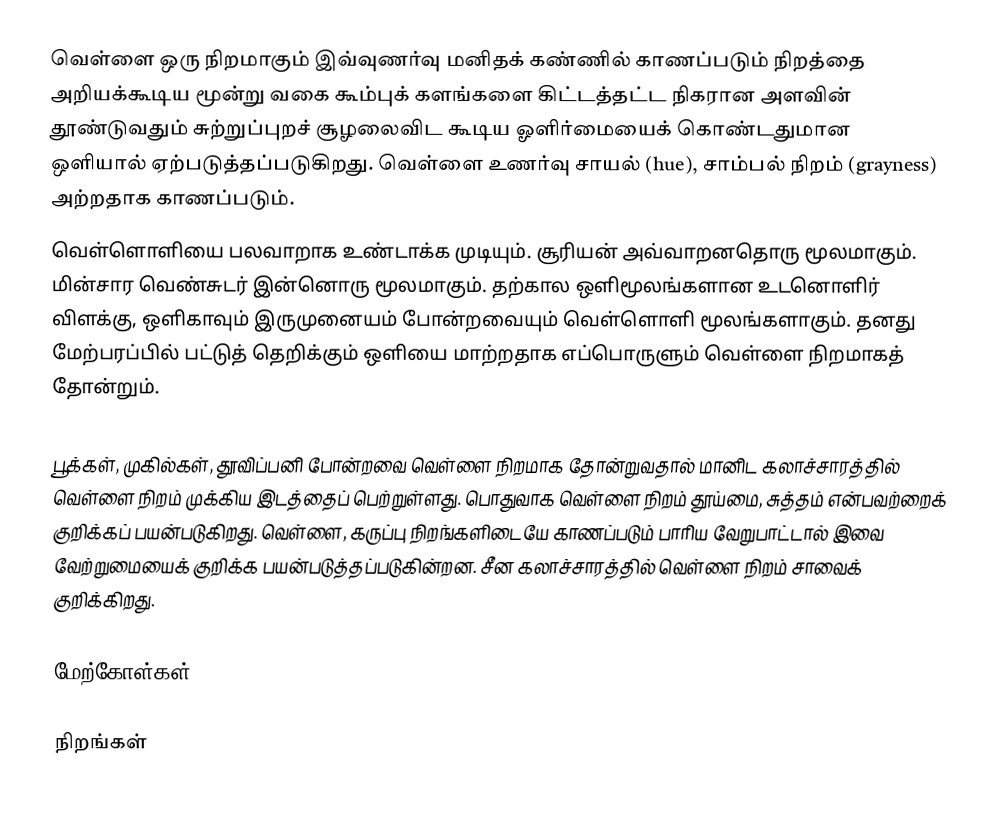
வெள்ளை ஒரு நிறமாகும் இவ்வுணர்வு மனிதக் கண்ணில் காணப்படும் நிறத்தை அறியக்கூடிய மூன்று வகை கூம்புக் களங்களை கிட்டத்தட்ட நிகரான அளவின் தூண்டுவதும் சுற்றுப்புறச் சூழலைவிட கூடிய ஓளிர்மையைக் கொண்டதுமான ஒளியால் ஏற்படுத்தப்படுகிறது. வெள்ளை உணர்வு சாயல் (hue), சாம்பல் நிறம் (grayness) அற்றதாக காணப்படும்.
வெள்ளொளியை பலவாறாக உண்டாக்க முடியும். சூரியன் அவ்வாறனதொரு மூலமாகும். மின்சார வெண்சுடர் இன்னொரு மூலமாகும். தற்கால ஒளிமூலங்களான உடனொளிர் விளக்கு, ஒளிகாவும் இருமுனையம் போன்றவையும் வெள்ளொளி மூலங்களாகும். தனது மேற்பரப்பில் பட்டுத் தெறிக்கும் ஒளியை மாற்றதாக எப்பொருளும் வெள்ளை நிறமாகத் தோன்றும்.

பூக்கள், முகில்கள், தூவிப்பனி போன்றவை வெள்ளை நிறமாக தோன்றுவதால் மானிட கலாச்சாரத்தில் வெள்ளை நிறம் முக்கிய இடத்தைப் பெற்றுள்ளது. பொதுவாக வெள்ளை நிறம் தூய்மை, சுத்தம் என்பவற்றைக் குறிக்கப் பயன்படுகிறது. வெள்ளை, கருப்பு நிறங்களிடையே காணப்படும் பாரிய வேறுபாட்டால் இவை வேற்றுமையைக் குறிக்க பயன்படுத்தப்படுகின்றன. சீன கலாச்சாரத்தில் வெள்ளை நிறம் சாவைக் குறிக்கிறது.

மேற்கோள்கள்

நிறங்கள்